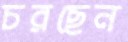
চরছেন